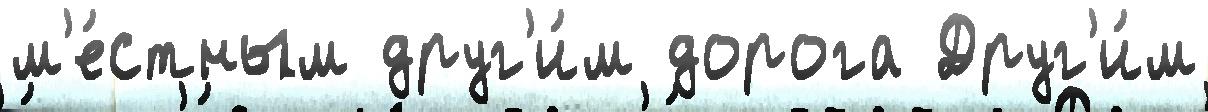
м'е́стным друг'и́м дорога Друг'и́м